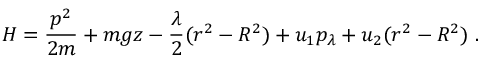
H = { \frac { p ^ { 2 } } { 2 m } } + m g z - { \frac { \lambda } { 2 } } ( r ^ { 2 } - R ^ { 2 } ) + u _ { 1 } p _ { \lambda } + u _ { 2 } ( r ^ { 2 } - R ^ { 2 } ) ~ .